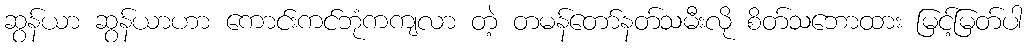
ဆွန်ယာ ဆွန်ယာဟာ ကောင်းကင်ဘုံကကျလာ တဲ့ တမန်တော်နတ်သမီးလို စိတ်သဘောထား မြင့်မြတ်ပါ